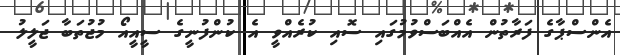
އެންސްޕާގެ ފަރާތުން އެއްބަސްވުމުގައި ސޮއި ކުރެއްވީ އެ ކުންފުނީގެ ސީއީއޯ މުޖުތަބާ ޖަލީލު